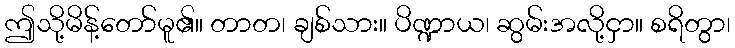
ဤသို့မိန့်တော်မူ၏။ တာတ၊ ချစ်သား။ ပိဏ္ဍာယ၊ ဆွမ်းအလို့ငှာ။ စရိတွာ၊